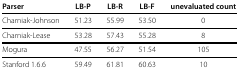
<table><thead><tr><td><b>Parser</b></td><td><b>LB-P</b></td><td><b>LB-R</b></td><td><b>LB-F</b></td><td><b>unevaluated count</b></td></tr></thead><tbody><tr><td>Charniak-Johnson</td><td>51.23</td><td>55.99</td><td>53.50</td><td>0</td></tr><tr><td>Charniak-Lease</td><td>53.28</td><td>57.43</td><td>55.28</td><td>8</td></tr><tr><td>Mogura</td><td>47.55</td><td>56.27</td><td>51.54</td><td>105</td></tr><tr><td>Stanford 1.6.6</td><td>59.49</td><td>61.81</td><td>60.63</td><td>10</td></tr></tbody></table>